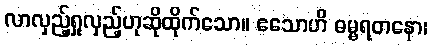
လာလှည့်ရှုလှည့်ဟုဆိုထိုက်သော။ ဧသောဟိ ဓမ္မရတနော၊